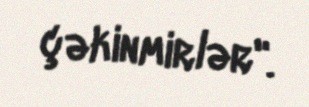
çəkinmirlər".